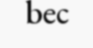
bec